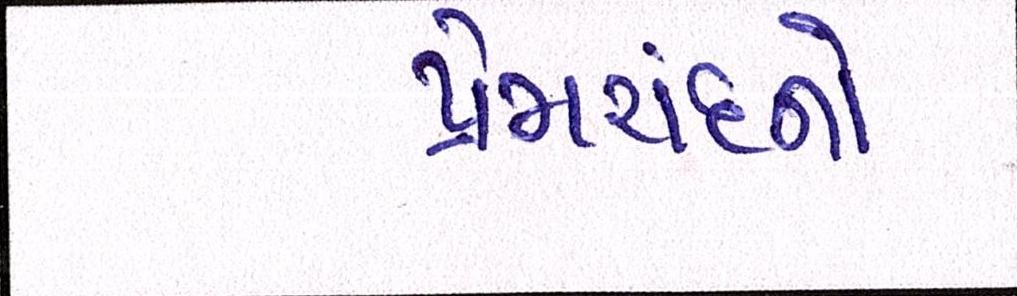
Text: પ્રેમચંદનો